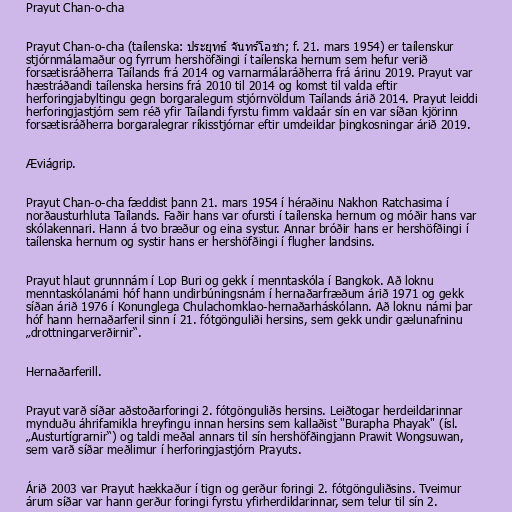
Prayut Chan-o-cha

Prayut Chan-o-cha (taílenska: ประยุทธ์ จันทร์โอชา; f. 21. mars 1954) er taílenskur
stjórnmálamaður og fyrrum hershöfðingi í taílenska hernum sem hefur verið
forsætisráðherra Taílands frá 2014 og varnarmálaráðherra frá árinu 2019. Prayut var
hæstráðandi taílenska hersins frá 2010 til 2014 og komst til valda eftir
herforingjabyltingu gegn borgaralegum stjórnvöldum Taílands árið 2014. Prayut leiddi
herforingjastjórn sem réð yfir Taílandi fyrstu fimm valdaár sín en var síðan kjörinn
forsætisráðherra borgaralegrar ríkisstjórnar eftir umdeildar þingkosningar árið 2019.

Æviágrip.

Prayut Chan-o-cha fæddist þann 21. mars 1954 í héraðinu Nakhon Ratchasima í
norðausturhluta Taílands. Faðir hans var ofursti í taílenska hernum og móðir hans var
skólakennari. Hann á tvo bræður og eina systur. Annar bróðir hans er hershöfðingi í
taílenska hernum og systir hans er hershöfðingi í flugher landsins.

Prayut hlaut grunnnám í Lop Buri og gekk í menntaskóla í Bangkok. Að loknu
menntaskólanámi hóf hann undirbúningsnám í hernaðarfræðum árið 1971 og gekk
síðan árið 1976 í Konunglega Chulachomklao-hernaðarháskólann. Að loknu námi þar
hóf hann hernaðarferil sinn í 21. fótgönguliði hersins, sem gekk undir gælunafninu
„drottningarverðirnir“.

Hernaðarferill.

Prayut varð síðar aðstoðarforingi 2. fótgönguliðs hersins. Leiðtogar herdeildarinnar
mynduðu áhrifamikla hreyfingu innan hersins sem kallaðist "Burapha Phayak" (ísl.
„Austurtígrarnir“) og taldi meðal annars til sín hershöfðingjann Prawit Wongsuwan,
sem varð síðar meðlimur í herforingjastjórn Prayuts.

Árið 2003 var Prayut hækkaður í tign og gerður foringi 2. fótgönguliðsins. Tveimur
árum síðar var hann gerður foringi fyrstu yfirherdildarinnar, sem telur til sín 2.